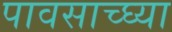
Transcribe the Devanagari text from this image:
पावसाच्घ्या